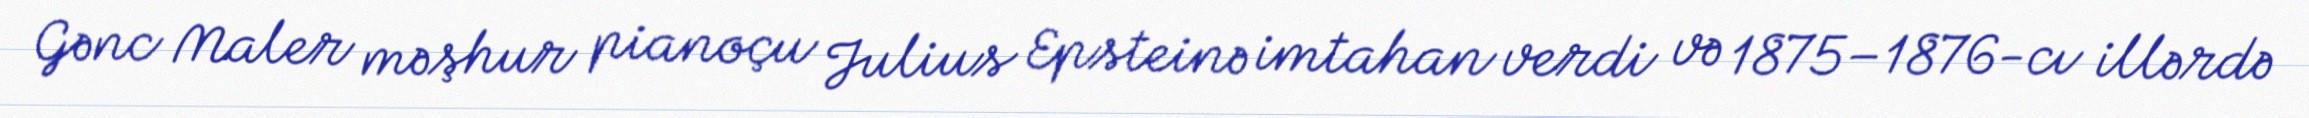
Gənc Maler məşhur pianoçu Julius Epsteinə imtahan verdi və 1875–1876-cı illərdə